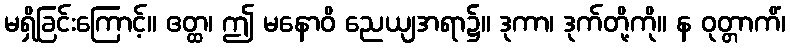
မရှိခြင်းကြောင့်။ ဧတ္ထ၊ ဤ မနောဝိ ညေယျအရာ၌။ ဒုကာ၊ ဒုက်တို့ကို။ န ဝုတ္တာကိံ၊